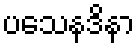
ပသေနဒိနာ